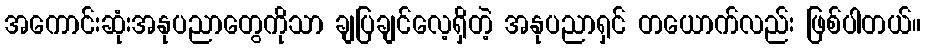
အကောင်းဆုံးအနုပညာတွေကိုသာ ချပြချင်လေ့ရှိတဲ့ အနုပညာရှင် တယောက်လည်း ဖြစ်ပါတယ်။